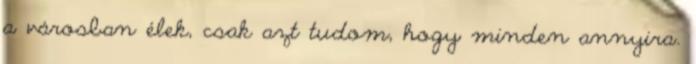
a városban élek, csak azt tudom, hogy minden annyira.